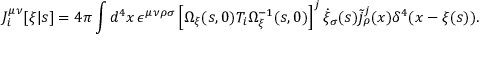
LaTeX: { \cal J } _ { i } ^ { \mu \nu } [ \xi | s ] = 4 \pi \int d ^ { 4 } x \, \epsilon ^ { \mu \nu \rho \sigma } \left[ \Omega _ { \xi } ( s , 0 ) T _ { i } \Omega _ { \xi } ^ { - 1 } ( s , 0 ) \right] ^ { j } \dot { \xi } _ { \sigma } ( s ) \widetilde { j } _ { \rho } ^ { j } ( x ) \delta ^ { 4 } ( x - \xi ( s ) ) .